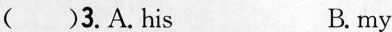
( )3.A. His B. my